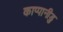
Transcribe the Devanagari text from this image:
काप्पानीडु